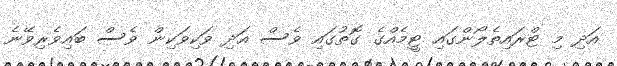
އަދި މި ޓްރައިތެލޯންގައި ޓީމެއްގެ ގޮތުގައި ވެސް އަދި ވަކިވަކިން ވެސް ބައިވެރިވޭނެ